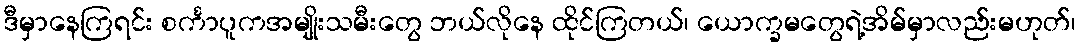
ဒီမှာနေကြရင်း စင်္ကာပူကအမျိုးသမီးတွေ ဘယ်လိုနေ ထိုင်ကြတယ်၊ ယောက္ခမတွေရဲ့အိမ်မှာလည်းမဟုတ်၊